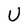
Character: U